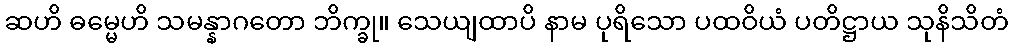
ဆဟိ ဓမ္မေဟိ သမန္နာဂတော ဘိက္ခု။ သေယျထာပိ နာမ ပုရိသော ပထဝိယံ ပတိဋ္ဌာယ သုနိသိတံ